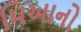
મિઆનો